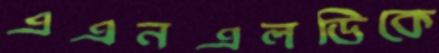
এএনএলডিকে